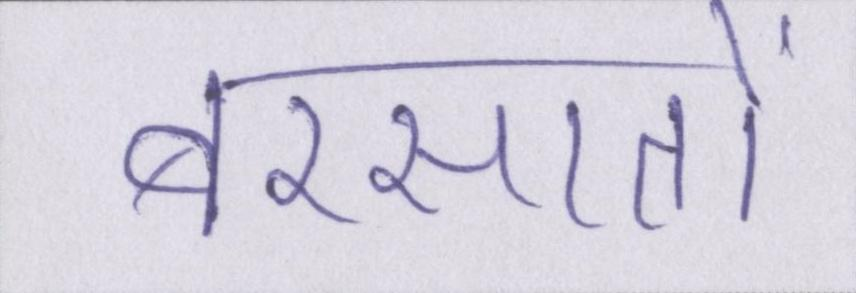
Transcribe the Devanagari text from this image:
बरसातों